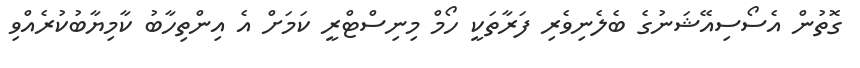
ގޮތުން އެސޯސިއޭޝަނުގެ ބެލެނިވެރި ފަރާތަކީ ހޯމް މިނިސްޓްރީ ކަމަށް އެ އިންތިހާބު ކާމިޔާބުކުރެއްވި